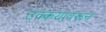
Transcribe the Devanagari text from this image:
टक्कयावरून